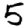
Digit: 5